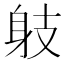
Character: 𨈛